Notes on vaccination in the North-West Frontier Province 1923-1928 - 1923-1928
Year: 1923
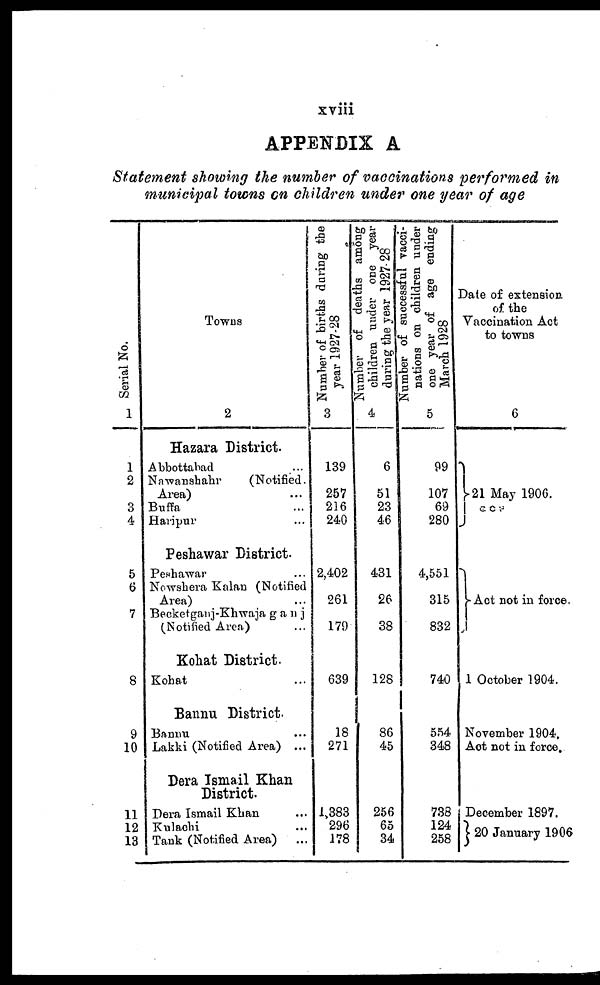
xviii
APPENDIX A
Statement showing the number of vaccinations performed in
municipal towns on children under one year of age
Serial No.
1
1
2
3
4
5
6
7
8
9
10
11
12
13
Towns
2
Hazara District.
Abbottabad ...
Nawanshahr
(Notified.
Area) ...
Buffa ...
Haripur ...
Peshawar District.
Peshawar ...
Nowshera Kalan (Notified
Area) ...
Becketganj-Khwajaganj
(Notified Area) ...
Kohat District.
Kohat ...
Bannu District.
Bannu ...
Lakki (Notified Area) ...
Dera Ismail Khan
District.
Dera Ismail Khan ...
Kulachi ...
Tank (Notified Area) ...
Number of births during the
year 1927-28
3
139
257
216
240
2,402
261
179
639
18
271
1,383
296
178
Number of deaths among
children under one year
during the year 1927-28
4
6
51
23
46
431
26
38
128
86
45
256
65
34
Number of successful vacci¬
nations on children under
one year of age ending
March 1928
5
99
107
69
280
4,551
315
832
740
554
348
738
124
258
Date of extension.
of the
Vaccination Act
to towns
6
21 May 1906.
ccs
Act not in force.
1 October 1904.
November 1904.
Act not in force.
December 1897.
20 January 1906